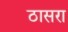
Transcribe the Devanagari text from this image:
ठासरा